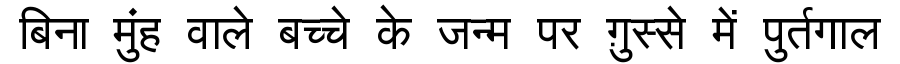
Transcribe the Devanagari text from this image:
बिना मुंह वाले बच्चे के जन्म पर ग़ुस्से में पुर्तगाल